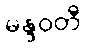
မန္ဒဝတီ